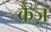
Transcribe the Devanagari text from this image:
कैज़